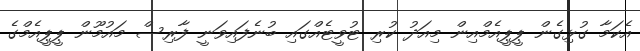
އެކަމާ ގުޅިގެން ޕީޕީއެމްއިން މިއަދު ކުރި ޓުވީޓެއްގައި ބުނެފައިވަނީ ފާރިސް މައުމޫން ޕީޕީއެމްގެ